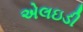
એલઇડી